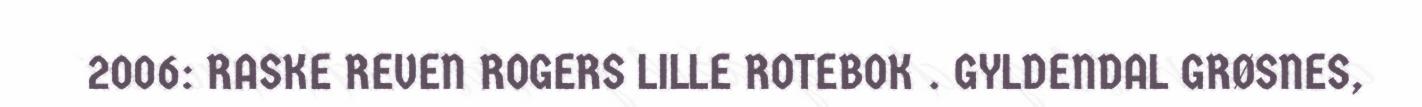
2006: RASKE REVEN ROGERS LILLE ROTEBOK . GYLDENDAL GRØSNES,